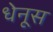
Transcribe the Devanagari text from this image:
धेनूस